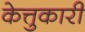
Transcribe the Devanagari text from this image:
केत्तुकारी